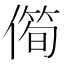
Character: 㒐